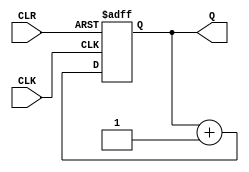
module CNT(
  input              CLK,
  input              CLR,
  output reg [3:0]   Q
);

always @(posedge CLK or posedge CLR)
  if(CLR)
    #0.5 Q <= 4'd0;
  else
    #0.5 Q <= Q + 1;

endmodule

//zadania:
//1 napisac tb + symulacja
//2 dodac opoznienie + symulacja
//3 symulacja PostRoute